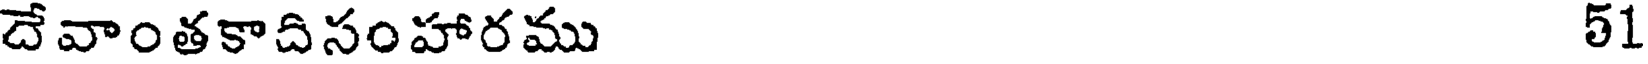
దేవాంతకాదిసంహారము 51